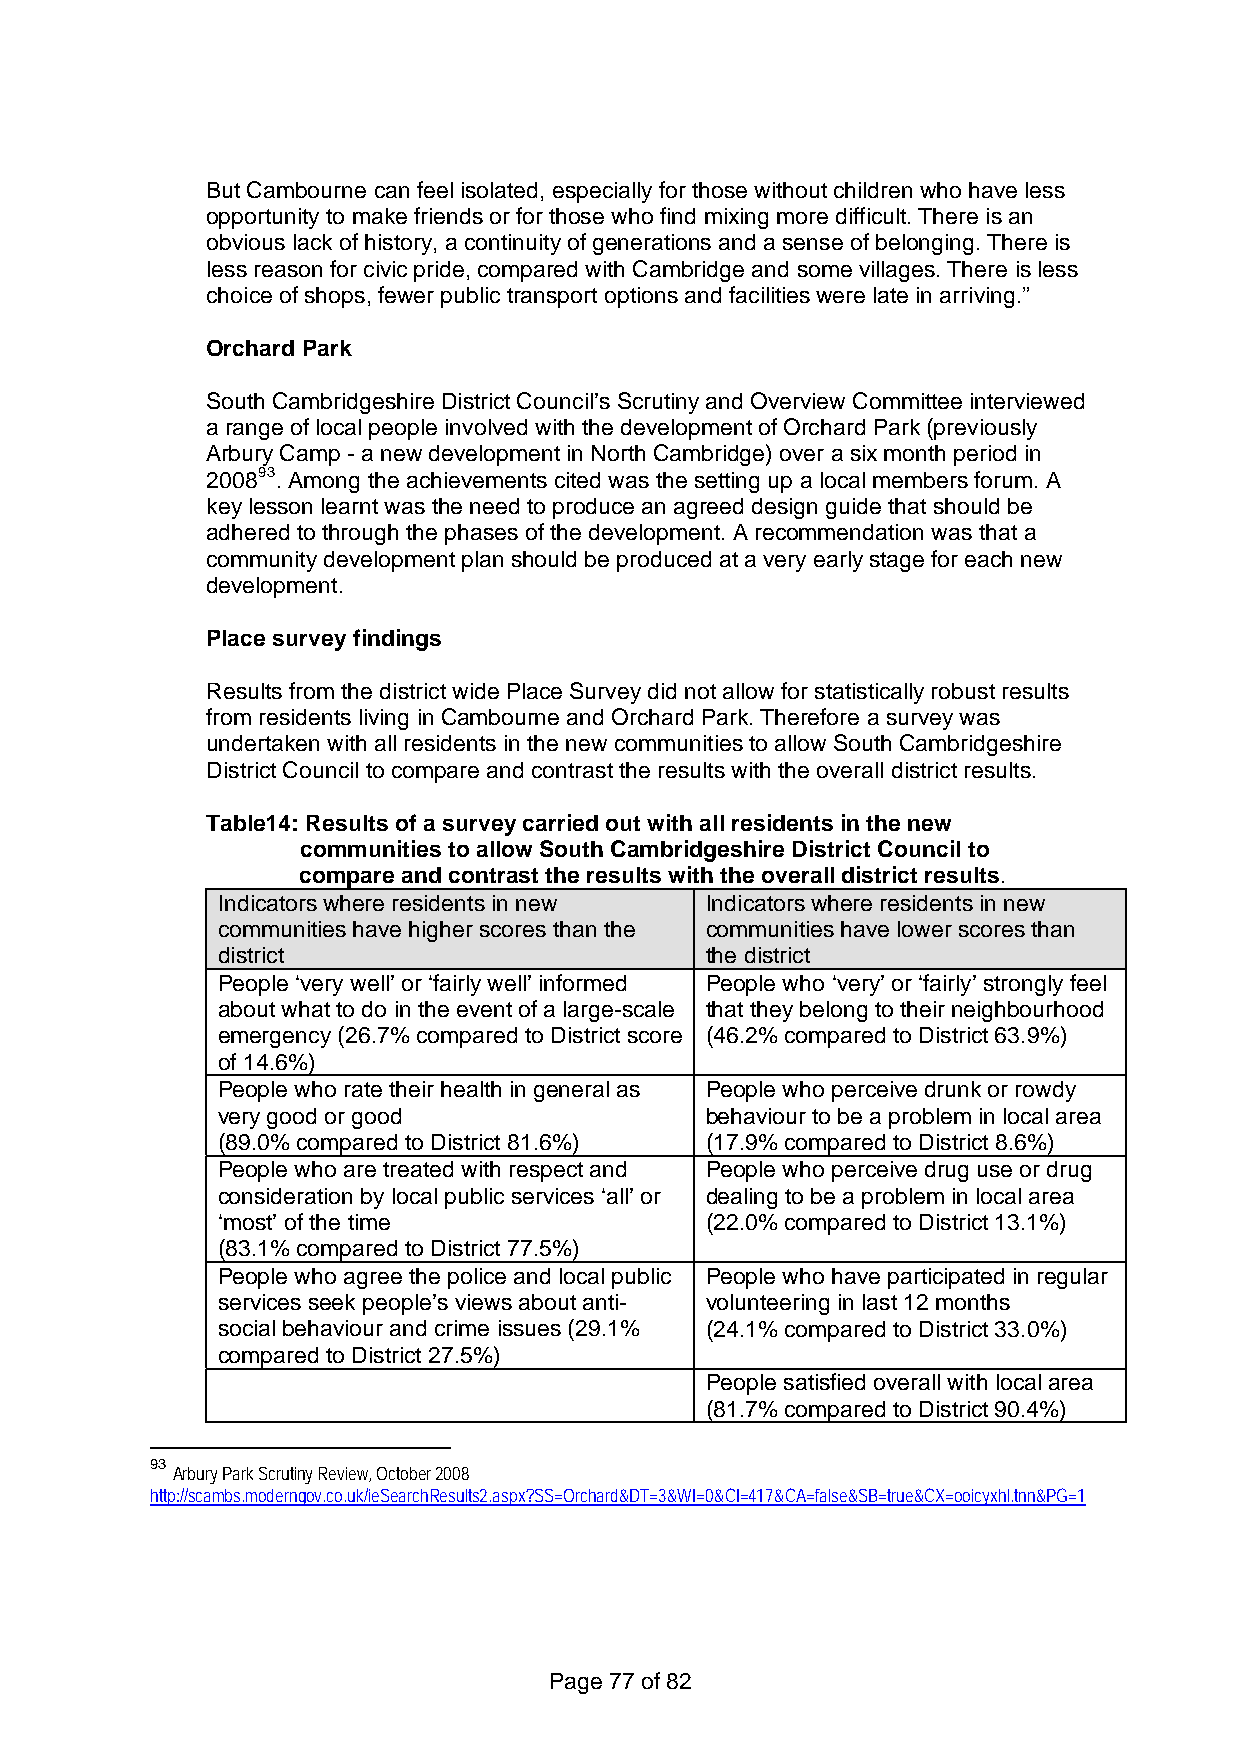
But Cambourne can feel isolated, especially for those without children who have less
 opportunity to make friends or for those who find mixing more difficult. There is an
 obvious lack of history, a continuity of generations and a sense of belonging. There is
 less reason for civic pride, compared with Cambridge and some villages. There is less
 choice of shops, fewer public transport options and facilities were late in arriving.”
 Orchard Park
 South Cambridgeshire District Council’s Scrutiny and Overview Committee interviewed
 a range of local people involved with the development of Orchard Park (previously
 Arbury Camp - a new development in North Cambridge) over a six month period in
 200893. Among the achievements cited was the setting up a local members forum. A
 key lesson learnt was the need to produce an agreed design guide that should be
 adhered to through the phases of the development. A recommendation was that a
 community development plan should be produced at a very early stage for each new
 development.
 Place survey findings
 Results from the district wide Place Survey did not allow for statistically robust results
 from residents living in Cambourne and Orchard Park. Therefore a survey was
 undertaken with all residents in the new communities to allow South Cambridgeshire
 District Council to compare and contrast the results with the overall district results.
 Table14: Results of a survey carried out with all residents in the new
 communities to allow South Cambridgeshire District Council to
 compare and contrast the results with the overall district results.
 Indicators where residents in new Indicators where residents in new
 communities have higher scores than the communities have lower scores than
 district                         the district
 People ‘very well’ or ‘fairly well’ informed People who ‘very’ or ‘fairly’ strongly feel
 about what to do in the event of a large-scale that they belong to their neighbourhood
 emergency (26.7% compared to District score (46.2% compared to District 63.9%)
 of 14.6%)
 People who rate their health in general as People who perceive drunk or rowdy
 very good or good                behaviour to be a problem in local area
 (89.0% compared to District 81.6%) (17.9% compared to District 8.6%)
 People who are treated with respect and People who perceive drug use or drug
 consideration by local public services ‘all’ or dealing to be a problem in local area
 ‘most’ of the time               (22.0% compared to District 13.1%)
 (83.1% compared to District 77.5%)
 People who agree the police and local public People who have participated in regular
 services seek people’s views about anti- volunteering in last 12 months
 social behaviour and crime issues (29.1% (24.1% compared to District 33.0%)
 compared to District 27.5%)
 People satisfied overall with local area
 (81.7% compared to District 90.4%)
 93
 Arbury Park Scrutiny Review, October 2008
 http://scambs.moderngov.co.uk/ieSearchResults2.aspx?SS=Orchard&DT=3&WI=0&CI=417&CA=false&SB=true&CX=ooicyxhl.tnn&PG=1
 Page 77 of 82